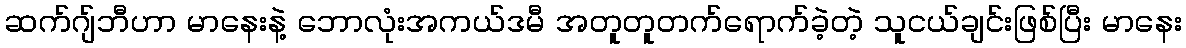
ဆက်ဂျ်ဘီဟာ မာနေးနဲ့ ဘောလုံးအကယ်ဒမီ အတူတူတက်ရောက်ခဲ့တဲ့ သူငယ်ချင်းဖြစ်ပြီး မာနေး